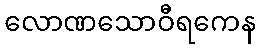
လောဏသောဝီရကေန